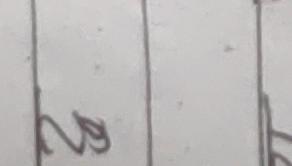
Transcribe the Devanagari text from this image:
२०